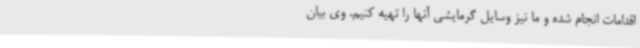
اقدامات انجام شده و ما نیز وسایل گرمایشی آنها را تهیه کنیم. وی بیان